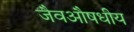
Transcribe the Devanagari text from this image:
जैवऔषधीय